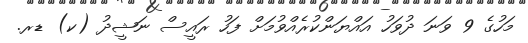
މަހުގެ 9 ވަނަ ދުވަހު އައްޔަންކުރެއްވުމަށް ފަހު ރައީސް ނަޝީދު (ކ) ޑރ.